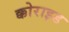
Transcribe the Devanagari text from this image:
क्कोराइड